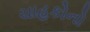
ચાહકોનો